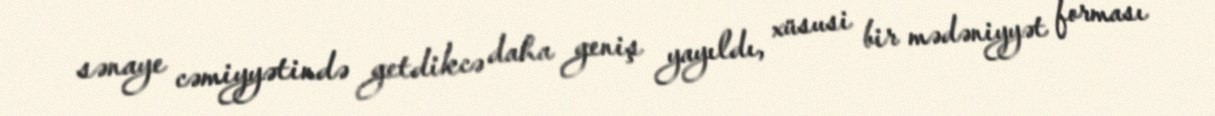
sənaye cəmiyyətində getdikcə daha geniş yayıldı, xüsusi bir mədəniyyət forması